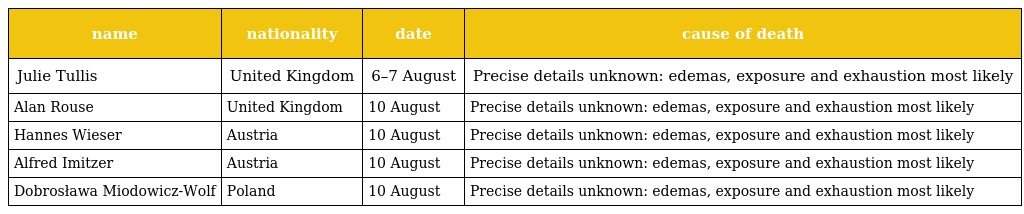
| name | nationality | date | cause of death |
 | --- | --- | --- | --- |
 | Julie Tullis | United Kingdom | 6–7 August | Precise details unknown: edemas, exposure and exhaustion most likely |
 | Alan Rouse | United Kingdom | 10 August | Precise details unknown: edemas, exposure and exhaustion most likely |
 | Hannes Wieser | Austria | 10 August | Precise details unknown: edemas, exposure and exhaustion most likely |
 | Alfred Imitzer | Austria | 10 August | Precise details unknown: edemas, exposure and exhaustion most likely |
 | Dobrosława Miodowicz-Wolf | Poland | 10 August | Precise details unknown: edemas, exposure and exhaustion most likely |